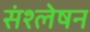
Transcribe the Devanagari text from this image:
संश्लेषन